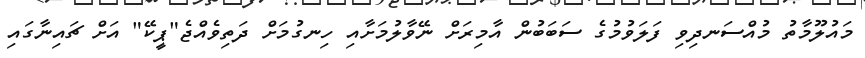
މައުލޫމާތު މުއްސަނދިވި ފަލަވުމުގެ ސަބަބުން އާމިރަށް ނޭވާލުމަށާއި ހިނގުމަށް ދަތިވެއްޖެ"ޕީކޭ" އަށް ޗައިނާގައި